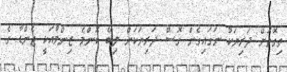
ތިގޮތަށް ދަރިޔަކު ނަގައިގެން ގޮސް ދަރިޔަކަށް ލިބޭ ކޮންމެ ޒިންމާއަކީ ޖެންޑާ ގެ